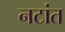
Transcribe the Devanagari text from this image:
नटांत